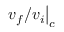
\left. v _ { f } / v _ { i } \right| _ { c }